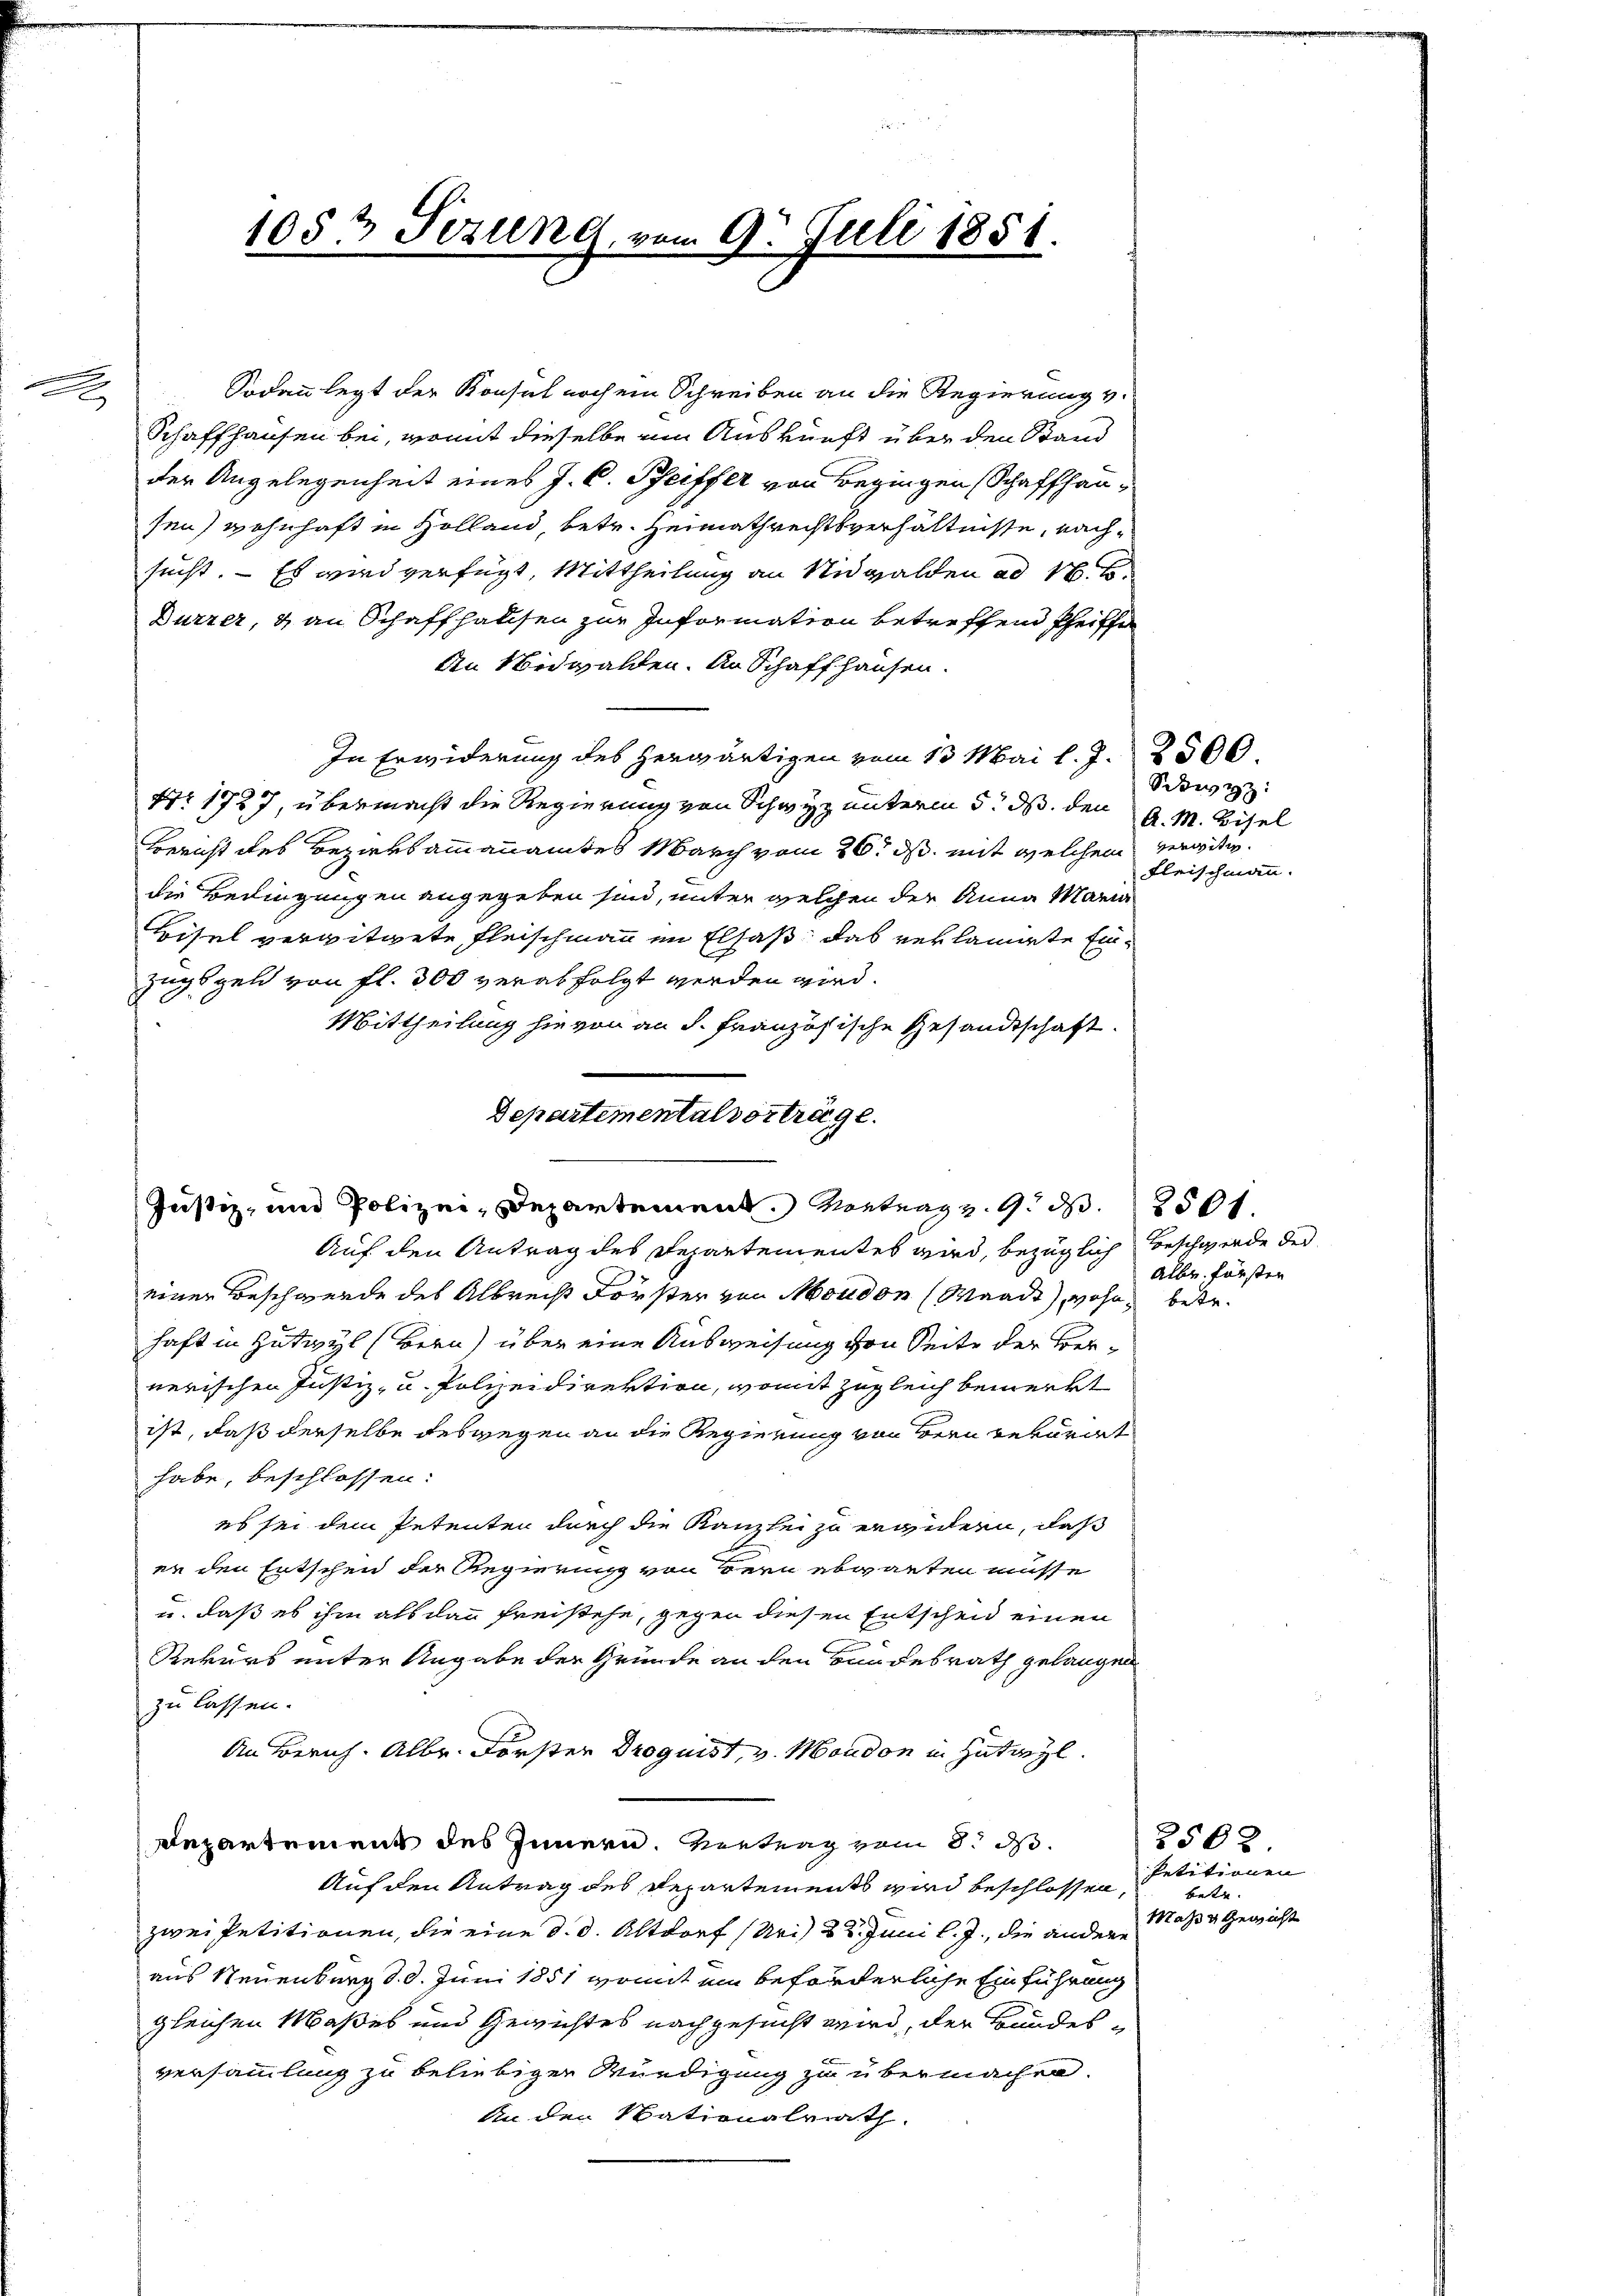
x

Justiz- und Polizei-Departement. Vortrag v. 9. d. 2501.
Auf den Antrag des Departementes wird, bezüglich Beschwerde der

Sodann legt der Konsul noch ein Schreiben an die Regierung v.
Schaffhausen bei, womit dieselbe ein Auskunft über den Stand
der Angelegenheit eines J. C. Pfeiffer von Begingen Schaffhausen) wohnhaft in Holland, betr. Heimathrechtsverhältnisse, nachsucht. — Es wird verfügt, Mittheilung an Nidwalden ad 1. B.
Durzer, & an Schaffhausen zur Information betreffend Pfeiffe
An Nidwalden. An Schaffhausen.
In Erwiderung des herwärtigen vom 13 Mai l. J. 2500.
Nr. 1727, übermacht die Regierung von Schwyz unterm 5. ds. den
Bericht des Beziersammannamtes March vom 26. ds. mit welchem verwitw
die Bedingungen angegeben sind, unter welchen der Anna Maria
Bisel verwitwete Fleischmann im Elsaß, das verlangte Einzugsgeld von fl. 300 verabfolgt werden wird.
Mittheilung hievon an d. Französische Gesandtschaft.
Departementalverträge.

1053 Fezung, vom 9. Juli 1851.

Sckwyz:
A. M. Bisel
Fleischmann.

einer Beschwerde des Albrecht Forster von Moudon (Waadt), wohne betr.
haft in Zutwyl (Bern) über eine Ausweisung von Seite der Vernerischen Justiz- u. Polizeidirektion, womit zugleich bemerkt
ist, daß derselbe deswegen an die Regierung von Bern Rekurat
habe, beschlossen:
es sei dem Petenten durch die Kanzlei zu erwidern, daß
er den Entschen der Regierung von Bern abwarten müsse
u. daß es ihm als dann Freistehe, gegen diesen Entscheid einen
Rekurs unter Angabe der Gründe an den Bundesrath gelangen
zu lassen.
An Zürich. Alber. Förster Droguist, v. Moudon in Zutreyl.
Departement des Innern. Vertrag vom 8. d.
Auf den Antrag des Departements wird beschlossen,
zwei Petitionen, die eine d. d. Altdorf (Uri) 22. Juni l. J., die andere
aus Neuenburg d. d. Juni 1851 womit ein beförderliche Einführung
gleichen Maßes und Gewichtes nachgesucht wird, der Bundesversammlung zu beliebigen Würdigung zu übermachen.
An den Nationalrath.

Aller fürsten

2502
Petitionen
betr.
Maßa Gewicht